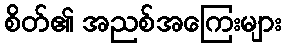
စိတ်၏ အညစ်အကြေးများ